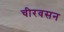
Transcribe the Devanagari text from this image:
चीरवसन